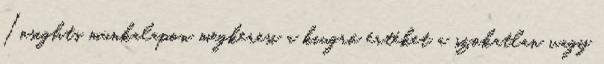
Insights munkalapon megkeresi a kiugró értéket a szokatlan vagy